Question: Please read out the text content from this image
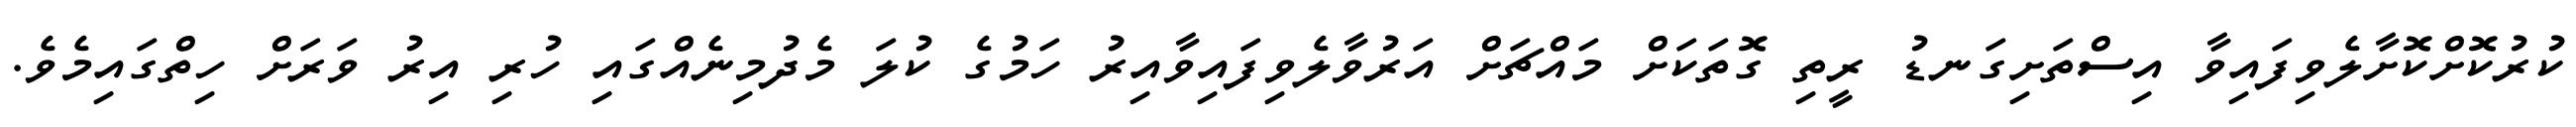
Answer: ކުރުކޮށްކޮށާލެވިފައިވާ އިސްތަށިގަނޑު ރީތި ގޮތަކަށް މައްޗަށް އަރުވާލެވިފައިވާއިރު ހަމުގެ ކުލަ މެދުމިނެއްގައި ހުރި އިރު ވަރަށް ހިތްގައިމެވެ.